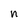
Character: n